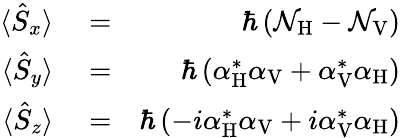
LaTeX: \begin{array}{rlr}{\langle\hat{S}_{x}\rangle}&{{}=}&{\hbar\left({\mathcal N}_{\mathrm{H}}-{\mathcal N}_{\mathrm{V}}\right)}\\ {\langle\hat{S}_{y}\rangle}&{{}=}&{\hbar\left({\alpha}_{\mathrm{H}}^{*}{\alpha}_{\mathrm{V}}+{\alpha}_{\mathrm{V}}^{*}{\alpha}_{\mathrm{H}}\right)}\\ {\langle\hat{S}_{z}\rangle}&{{}=}&{\hbar\left(-i{\alpha}_{\mathrm{H}}^{*}{\alpha}_{\mathrm{V}}+i{\alpha}_{\mathrm{V}}^{*}{\alpha}_{\mathrm{H}}\right)}\end{array}